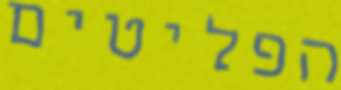
הפליטים